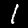
Label: 1